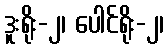
ဒူးရိုး-၂၊ ပေါင်ရိုး-၂၊